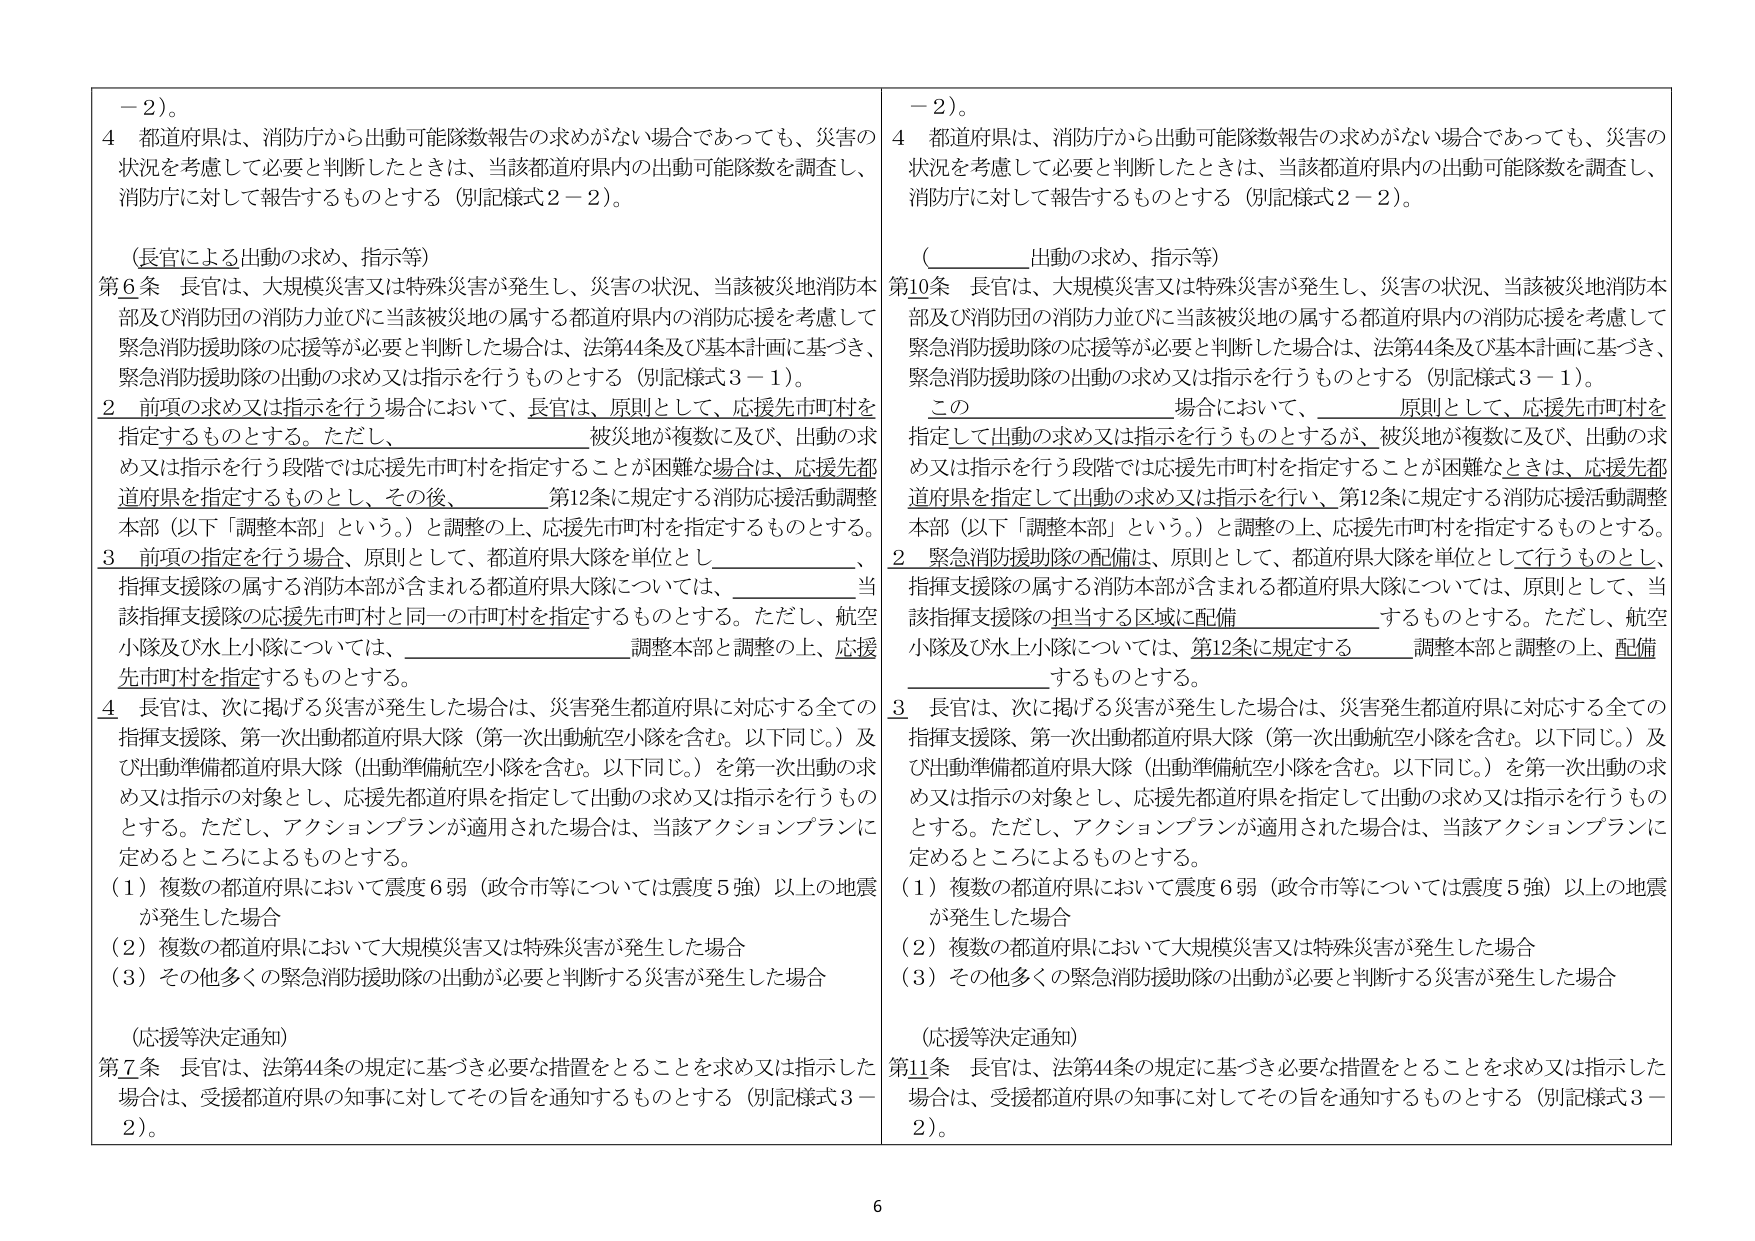
－２）。
４ 都道府県は、消防庁から出動可能隊数報告の求めがない場合であっても、災害の状況を考慮して必要と判断したときは、当該都道府県内の出動可能隊数を調査し、消防庁に対して報告するものとする（別記様式２－２）。

（長官による出動の求め、指示等）
第６条 長官は、大規模災害又は特殊災害が発生し、災害の状況、当該被災地消防本部及び消防団の消防力並びに当該被災地の属する都道府県内の消防応援を考慮して緊急消防援助隊の応援等が必要と判断した場合は、法第44条及び基本計画に基づき、緊急消防援助隊の出動の求め又は指示を行うものとする（別記様式３－１）。
２ 前項の求め又は指示を行う場合において、長官は、原則として、応援先市町村を指定するものとする。ただし、被災地が複数に及び、出動の求め又は指示を行う段階では応援先市町村を指定することが困難な場合は、応援先都道府県を指定するものとし、その後、第12条に規定する消防応援活動調整本部（以下「調整本部」という。）と調整の上、応援先市町村を指定するものとする。
３ 前項の指定を行う場合、原則として、都道府県大隊を単位とし、指揮支援隊の属する消防本部が含まれる都道府県大隊については、当該指揮支援隊の応援先市町村と同一の市町村を指定するものとする。ただし、航空小隊及び水上小隊については、調整本部と調整の上、応援先市町村を指定するものとする。
４ 長官は、次に掲げる災害が発生した場合は、災害発生都道府県に対応する全ての指揮支援隊、第一次出動都道府県大隊（第一次出動航空小隊を含む。以下同じ。）及び出動準備都道府県大隊（出動準備航空小隊を含む。以下同じ。）を第一次出動の求め又は指示の対象とし、応援先都道府県を指定して出動の求め又は指示を行うものとする。ただし、アクションプランが適用された場合は、当該アクションプランに定めるところによるものとする。
（１）複数の都道府県において震度６弱（政令市等については震度５強）以上の地震が発生した場合
（２）複数の都道府県において大規模災害又は特殊災害が発生した場合
（３）その他多くの緊急消防援助隊の出動が必要と判断する災害が発生した場合

（応援等決定通知）
第７条 長官は、法第44条の規定に基づき必要な措置をとることを求め又は指示した場合は、受援都道府県の知事に対してその旨を通知するものとする（別記様式３－２）。

－２）。
４ 都道府県は、消防庁から出動可能隊数報告の求めがない場合であっても、災害の状況を考慮して必要と判断したときは、当該都道府県内の出動可能隊数を調査し、消防庁に対して報告するものとする（別記様式２－２）。

（　　出動の求め、指示等）
第10条 長官は、大規模災害又は特殊災害が発生し、災害の状況、当該被災地消防本部及び消防団の消防力並びに当該被災地の属する都道府県内の消防応援を考慮して緊急消防援助隊の応援等が必要と判断した場合は、法第44条及び基本計画に基づき、緊急消防援助隊の出動の求め又は指示を行うものとする（別記様式３－１）。
この　　　　場合において、　　　　原則として、応援先市町村を指定して出動の求め又は指示を行うものとするが、被災地が複数に及び、出動の求め又は指示を行う段階では応援先市町村を指定することが困難なときは、応援先都道府県を指定して出動の求め又は指示を行い、第12条に規定する消防応援活動調整本部（以下「調整本部」という。）と調整の上、応援先市町村を指定するものとする。
２ 緊急消防援助隊の配備は、原則として、都道府県大隊を単位として行うものとし、指揮支援隊の属する消防本部が含まれる都道府県大隊については、原則として、当該指揮支援隊の担当する区域に配備　　　　するものとする。ただし、航空小隊及び水上小隊については、第12条に規定する　　　　調整本部と調整の上、配備　　　　するものとする。
３ 長官は、次に掲げる災害が発生した場合は、災害発生都道府県に対応する全ての指揮支援隊、第一次出動都道府県大隊（第一次出動航空小隊を含む。以下同じ。）及び出動準備都道府県大隊（出動準備航空小隊を含む。以下同じ。）を第一次出動の求め又は指示の対象とし、応援先都道府県を指定して出動の求め又は指示を行うものとする。ただし、アクションプランが適用された場合は、当該アクションプランに定めるところによるものとする。
（１）複数の都道府県において震度６弱（政令市等については震度５強）以上の地震が発生した場合
（２）複数の都道府県において大規模災害又は特殊災害が発生した場合
（３）その他多くの緊急消防援助隊の出動が必要と判断する災害が発生した場合

（応援等決定通知）
第11条 長官は、法第44条の規定に基づき必要な措置をとることを求め又は指示した場合は、受援都道府県の知事に対してその旨を通知するものとする（別記様式３－２）。

6